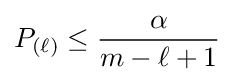
P_{(\ell )}\leq {\frac {\alpha }{m-\ell +1}}